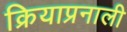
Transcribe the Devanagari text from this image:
क्रियाप्रनाली